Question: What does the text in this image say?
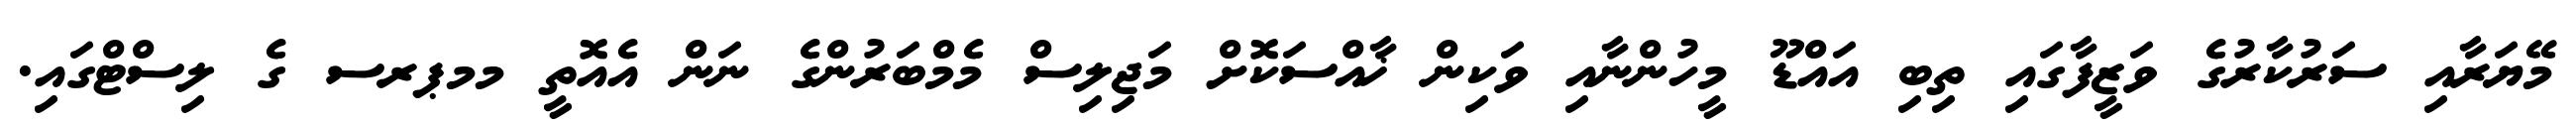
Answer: މޭޔަރާއި ސަރުކާރުގެ ވަޒީފާގައި ތިބި އައްޑޫ މީހުންނާއި ވަކިން ޚާއްސަކޮށް މަޖިލިސް މެމްބަރުންގެ ނަން އެއޮތީ މމޕރސ ގެ ލިސްޓްގައި.